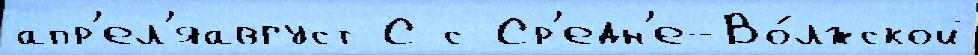
апр'ел'яавгуст С с Ср'едн'е-Во́лжской